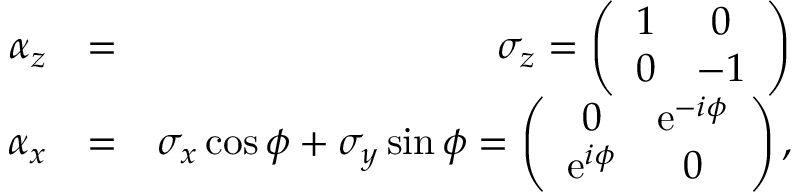
\begin{array} { r l r } { \alpha _ { z } } & { = } & { \sigma _ { z } = \left( \begin{array} { c c } { 1 } & { 0 } \\ { 0 } & { - 1 } \end{array} \right) } \\ { \alpha _ { x } } & { = } & { \sigma _ { x } \cos \phi + \sigma _ { y } \sin \phi = \left( \begin{array} { c c } { 0 } & { \mathrm { e } ^ { - i \phi } } \\ { \mathrm { e } ^ { i \phi } } & { 0 } \end{array} \right) , } \end{array}